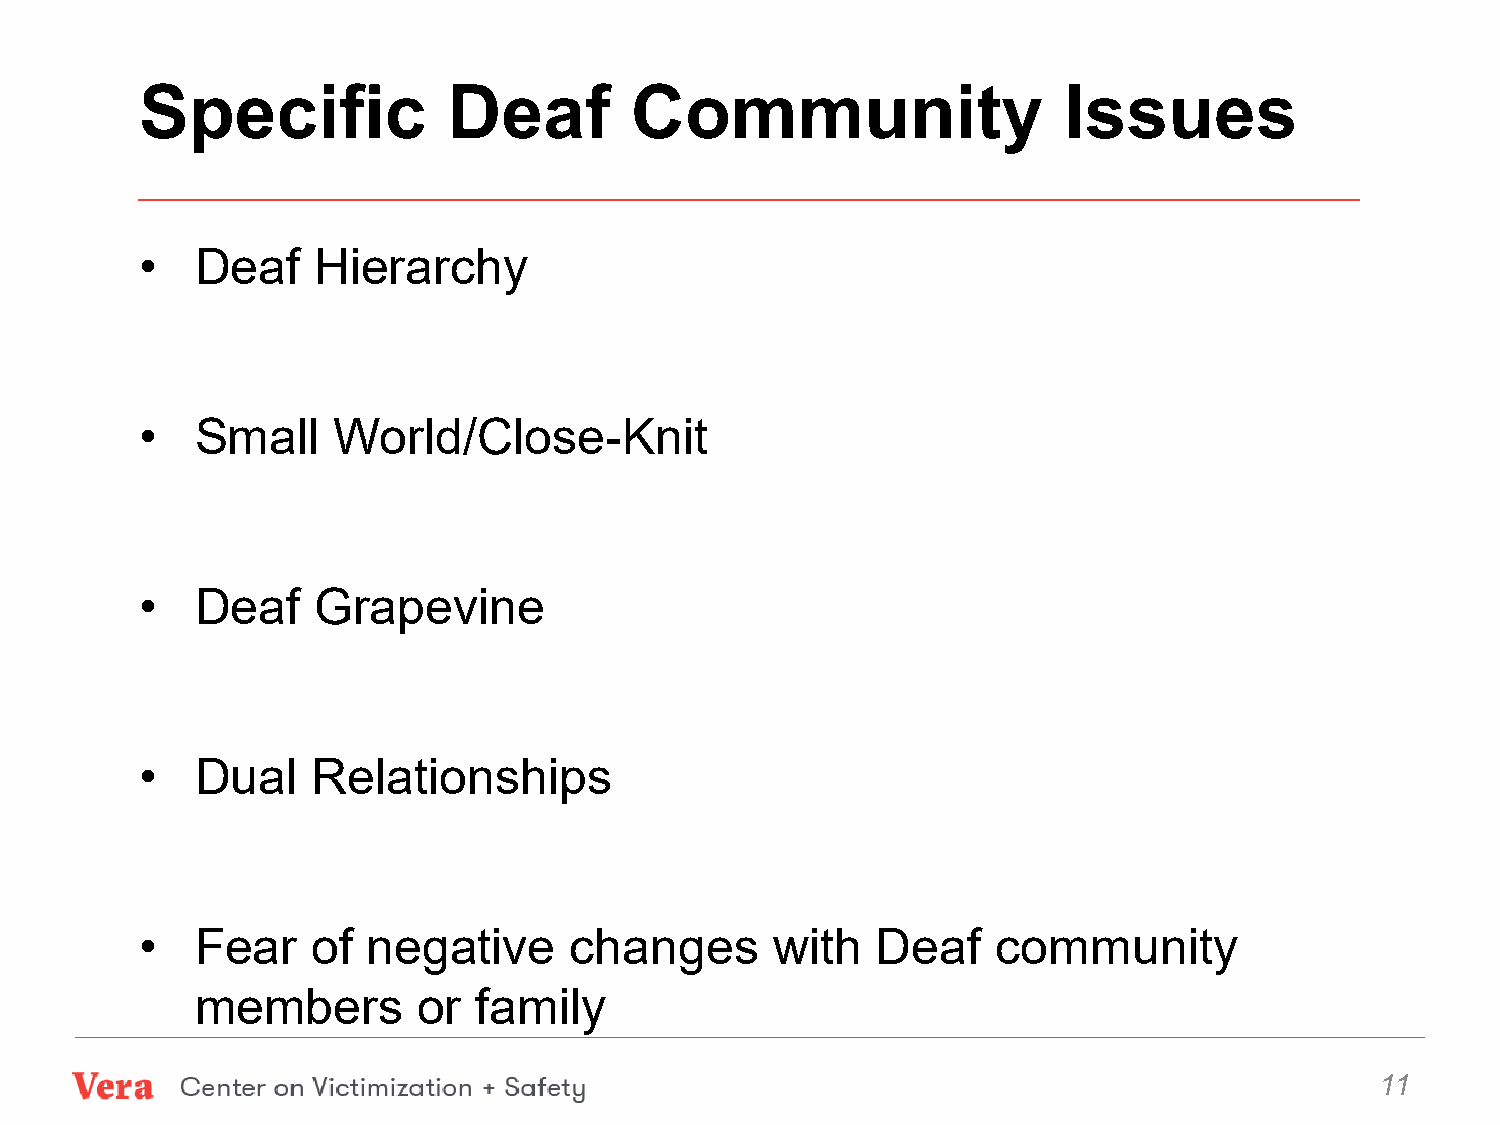
Specific             Deaf        Community                   Issues
 •   Deaf    Hierarchy
 •   Small    World/Close-Knit
 •   Deaf    Grapevine
 •   Dual    Relationships
 •   Fear    of negative      changes      with   Deaf    community
 members        or  family
 11